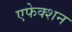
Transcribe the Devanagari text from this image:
एफेक्शन